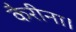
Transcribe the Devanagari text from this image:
कैरीना।